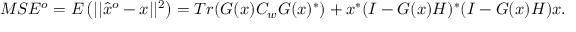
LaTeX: M S E ^ { o } = E \left( | | { \hat { x } } ^ { o } - x | | ^ { 2 } \right) = T r ( G ( x ) C _ { w } G ( x ) ^ { * } ) + x ^ { * } ( I - G ( x ) H ) ^ { * } ( I - G ( x ) H ) x .